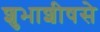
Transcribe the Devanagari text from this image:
शुभाशीषसे